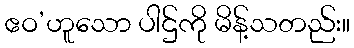
ဧဝ’ဟူသော ပါဌ်ကို မိန့်သတည်း။